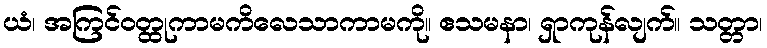
ယံ၊ အကြင်ဝတ္ထုကာမကိလေသာကာမကို။ ဧသမနာ၊ ရှာကုန်လျက်။ သတ္တာ၊